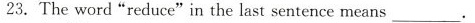
23. The word "reduce"in the last sentence means ___.